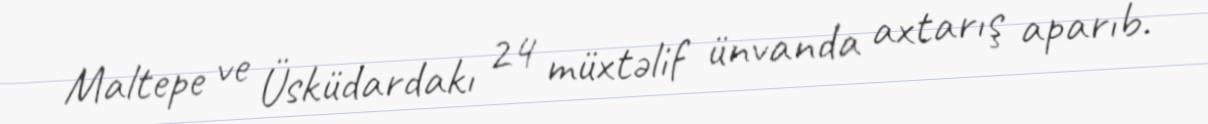
Maltepe ve Üsküdardakı 24 müxtəlif ünvanda axtarış aparıb.